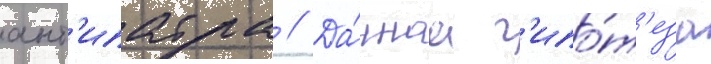
ант'ипатра // Да́ннаа г'ипо́т'еза